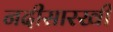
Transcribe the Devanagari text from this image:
नदीसारखी